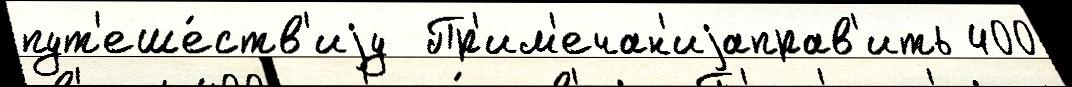
пут'еше́ств'иjу  Пр'им'ечан'иjаправ'ить 400